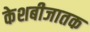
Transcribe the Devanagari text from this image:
केशबीजातक